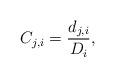
LaTeX: \begin{align*}C_{j,i}=\frac{d_{j,i}}{D_i},\end{align*}